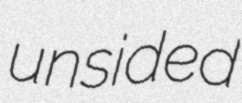
unsided